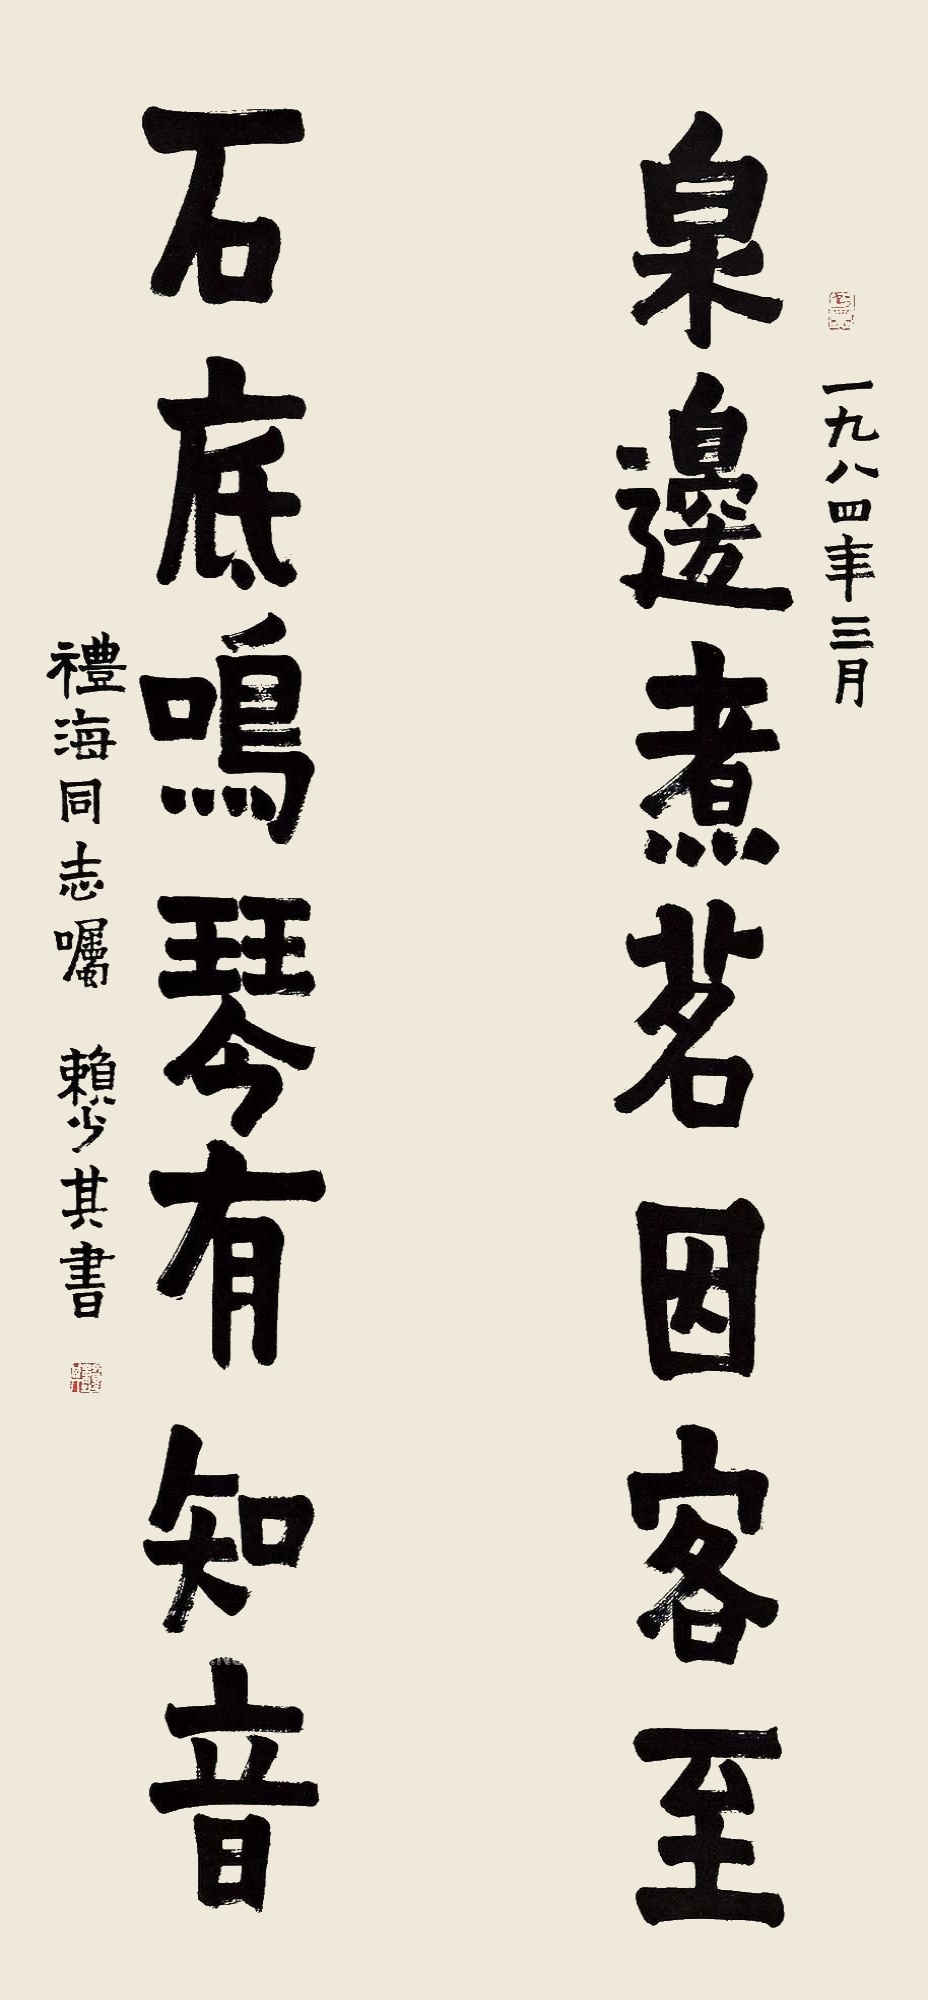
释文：泉边煮茗因客至，石底鸣琴有知音。一九八四年三月，礼海同志瞩，赖少其书。